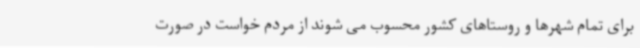
برای تمام شهرها و روستاهای کشور محسوب می شوند از مردم خواست در صورت